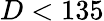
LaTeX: D<135